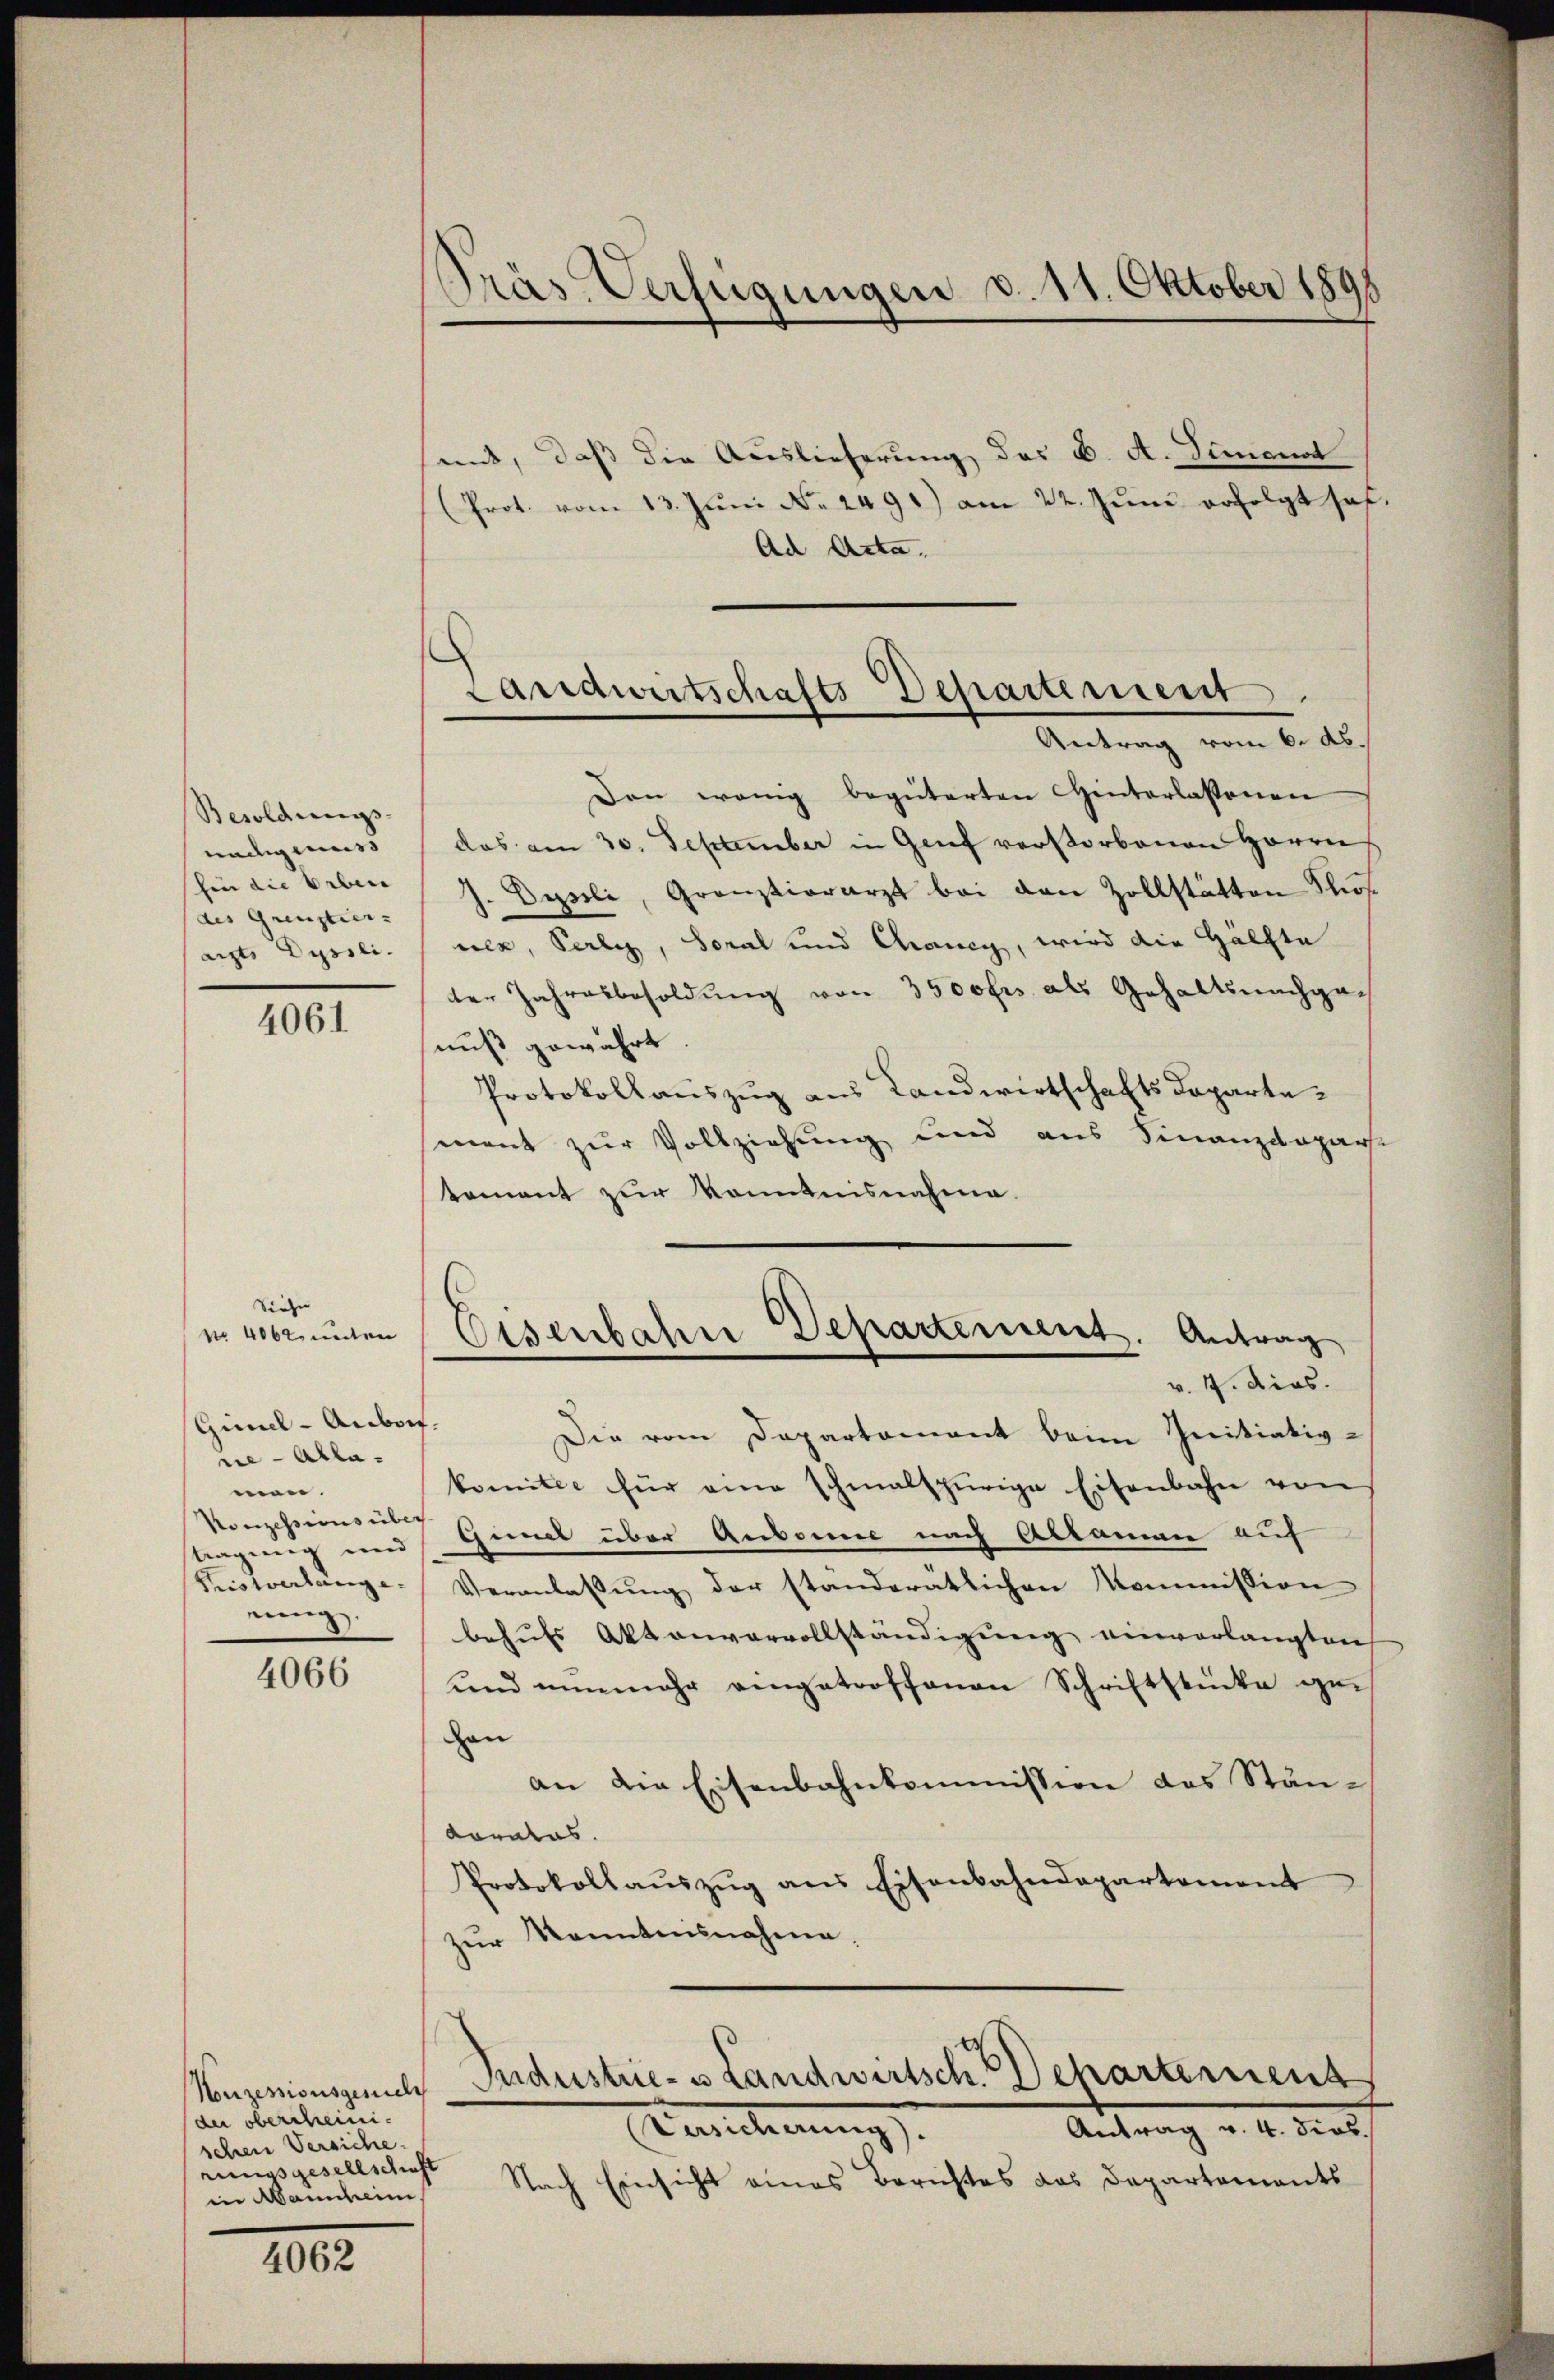
Besoldungs
nadig muss
hin die Erben
des Grenztier- |
achts Dussli

4061

Siehen |
No 4062, unter
Gimel-Aubon.
ne - Abla
men.
Konzessions über
nnung
nung.

4066

(der oberscheinisehen Versiche
rungsgesellschaft
in Mannheim.

4062

Gras Verfügungen d. 11. Oktober 1891

mit, daß die Auslieferung des B. A. Simonat
(Prot. vom 13. Juni No. 2491) am 22. Juni erfolgt hat.
Ad Acta.

Landwirtschafts-Departement
Antrag vom 6. ds.

Eisenbahre Departement. Antrag
v. 4. dios.

Dan wenig begüterten Hinterlassenen
das am 30. September in Genf verstorbenen Herrn
h. Desseli, Grenztierarzt bei den Zollstätten Kosnek, Pertig, Soral und Chancy, wird die Hälfte
der Jahresbesoldung von 3500 fr. als Gehaltsnachgenuß gewährt
Protokollauszug aus Landwirtschaftsdepartement zur Vollziehung und aus Finanzdepart
tement zur Kenntnisnahme.

Die vom Departament beim Initiativ-
komitee für eine schmalspurige Eisenbahn von
tragung und Ginmal über Aubonne nach Ablamen auf
Veranlassung der standerätlichen Kommission
behufs Aktenvervollständigung einverlangten
und nunmehr eingetroffenen Schriftstücke ge
hon
an die Eisenbahnkommission des Stän¬
Coralas.
Protokollaŭszŭg ans Eisenbahndepartement
zur Kenntnisnahme.

Conzesionsgerich Industrie- u Landwirtsch. Departement

Antrag v. 4. dies
Hanehnung
Nach Einsicht eines Berichtes das Departements